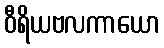
ဝီရိယဗလကာယော